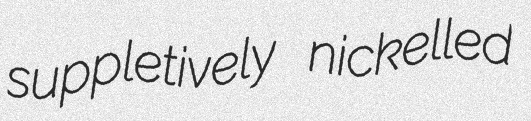
suppletively nickelled